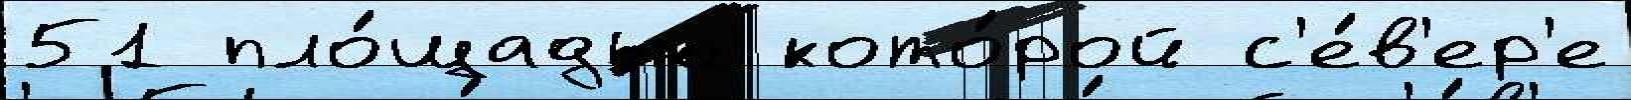
51 пло́щадью кото́рой с'е́в'ер'е